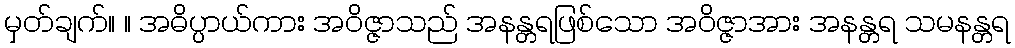
မှတ်ချက်။ ။ အဓိပ္ပာယ်ကား အဝိဇ္ဇာသည် အနန္တရဖြစ်သော အဝိဇ္ဇာအား အနန္တရ သမနန္တရ